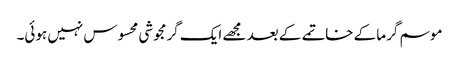
موسم گرما کے خاتمے کے بعد مجھے ایک گرمجوشی محسوس نہیں ہوئی۔